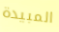
المبيدة